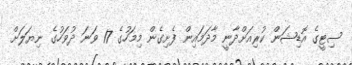
ސިޓީގެ އޮޑިޝަން ކުރިއަށްދާނީ މާދަމައިން ފެށިގެން މިމަހުގެ 17 ވަނަ ދުވަހުގެ ނިޔަލަށް